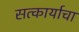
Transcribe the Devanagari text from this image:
सत्कार्याचा